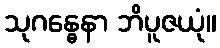
သုဂန္ဓေနာ ဘိပူဇယုံ။